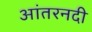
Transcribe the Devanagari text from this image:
आंतरनदी